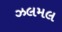
ઝલમલ